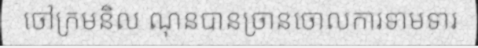
ចៅក្រមនិល ណុនបានច្រានចោលការទាមទារ